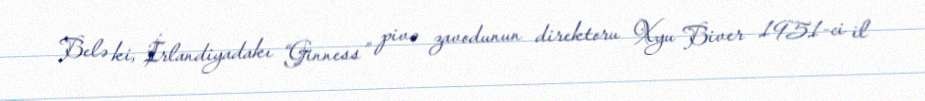
Belə ki, İrlandiyadakı “Ginness” pivə zavodunun direktoru Xyu Biver 1951-ci il